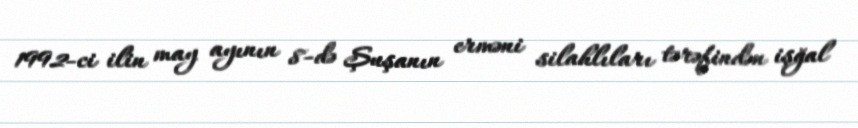
1992-ci ilin may ayının 8-də Şuşanın erməni silahlıları tərəfindən işğal